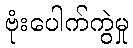
ဗုံးပေါက်ကွဲမှု